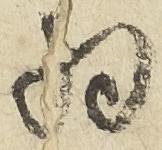
為